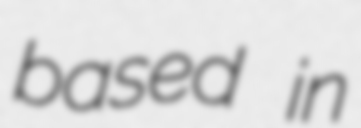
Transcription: based in